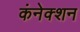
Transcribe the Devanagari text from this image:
कंनेक्शन